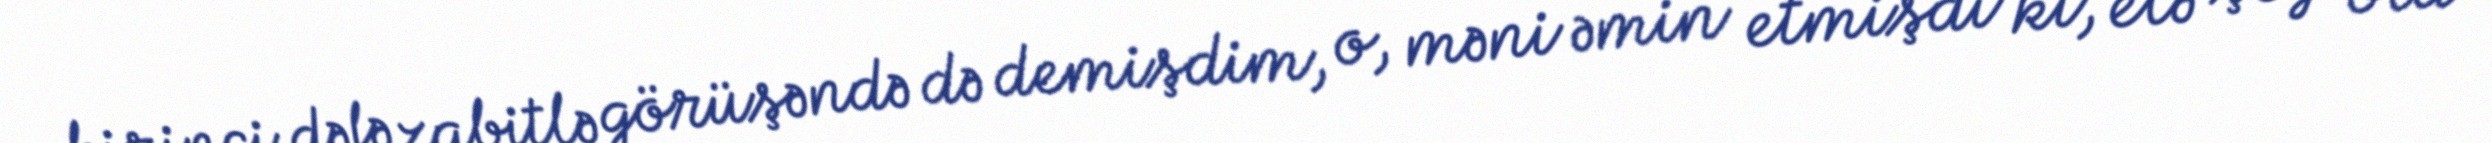
birinci dəfə zabitlə görüşəndə də demişdim, o, məni əmin etmişdi ki, elə şey ola